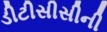
ડીટીસીસીની